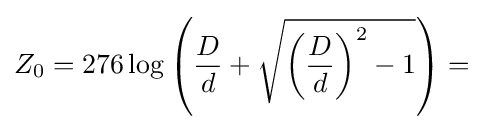
Z_{0}=276\log \left({\frac {D}{d}}+{\sqrt {\left({\frac {D}{d}}\right)^{2}-1}}\right)=